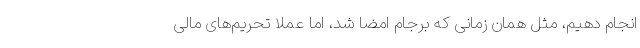
انجام دهیم، مثل همان زمانی که برجام امضا شد، اما عملا تحریم‌های مالی